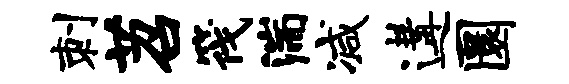
刺苕筏湍减遘圜